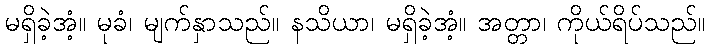
မရှိခဲ့အံ့။ မုခံ၊ မျက်နှာသည်။ နသိယာ၊ မရှိခဲ့အံ့။ အတ္တာ၊ ကိုယ်ရိပ်သည်။